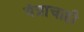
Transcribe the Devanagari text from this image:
यंत्राचाही